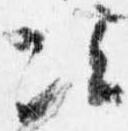
次